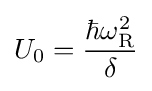
U_{0}={\frac {\hbar \omega _{\text{R}}^{2}}{\delta }}